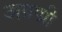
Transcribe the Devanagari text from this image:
अग्रण्री